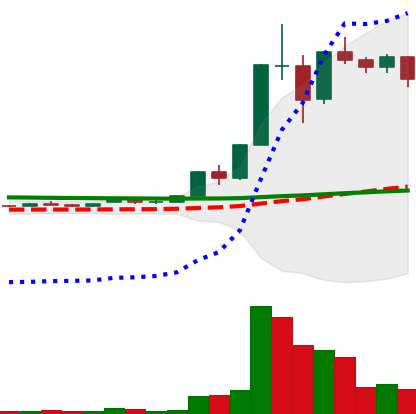
Ticker: XLM-USD
Chart end date: 2020-12-01
Forward return: -4.769%
Label: down_3_5